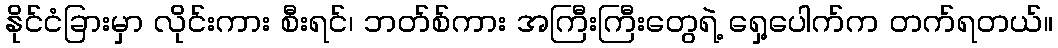
နိုင်ငံခြားမှာ လိုင်းကား စီးရင်၊ ဘတ်စ်ကား အကြီးကြီးတွေရဲ့ ရှေ့ပေါက်က တက်ရတယ်။